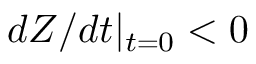
d Z / d t | _ { t = 0 } < 0